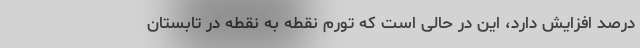
درصد افزایش دارد، این در حالی است که تورم نقطه به نقطه در تابستان